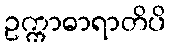
ဥက္ကာဓာရာတိပိ